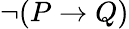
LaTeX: \neg(P\rightarrow Q)